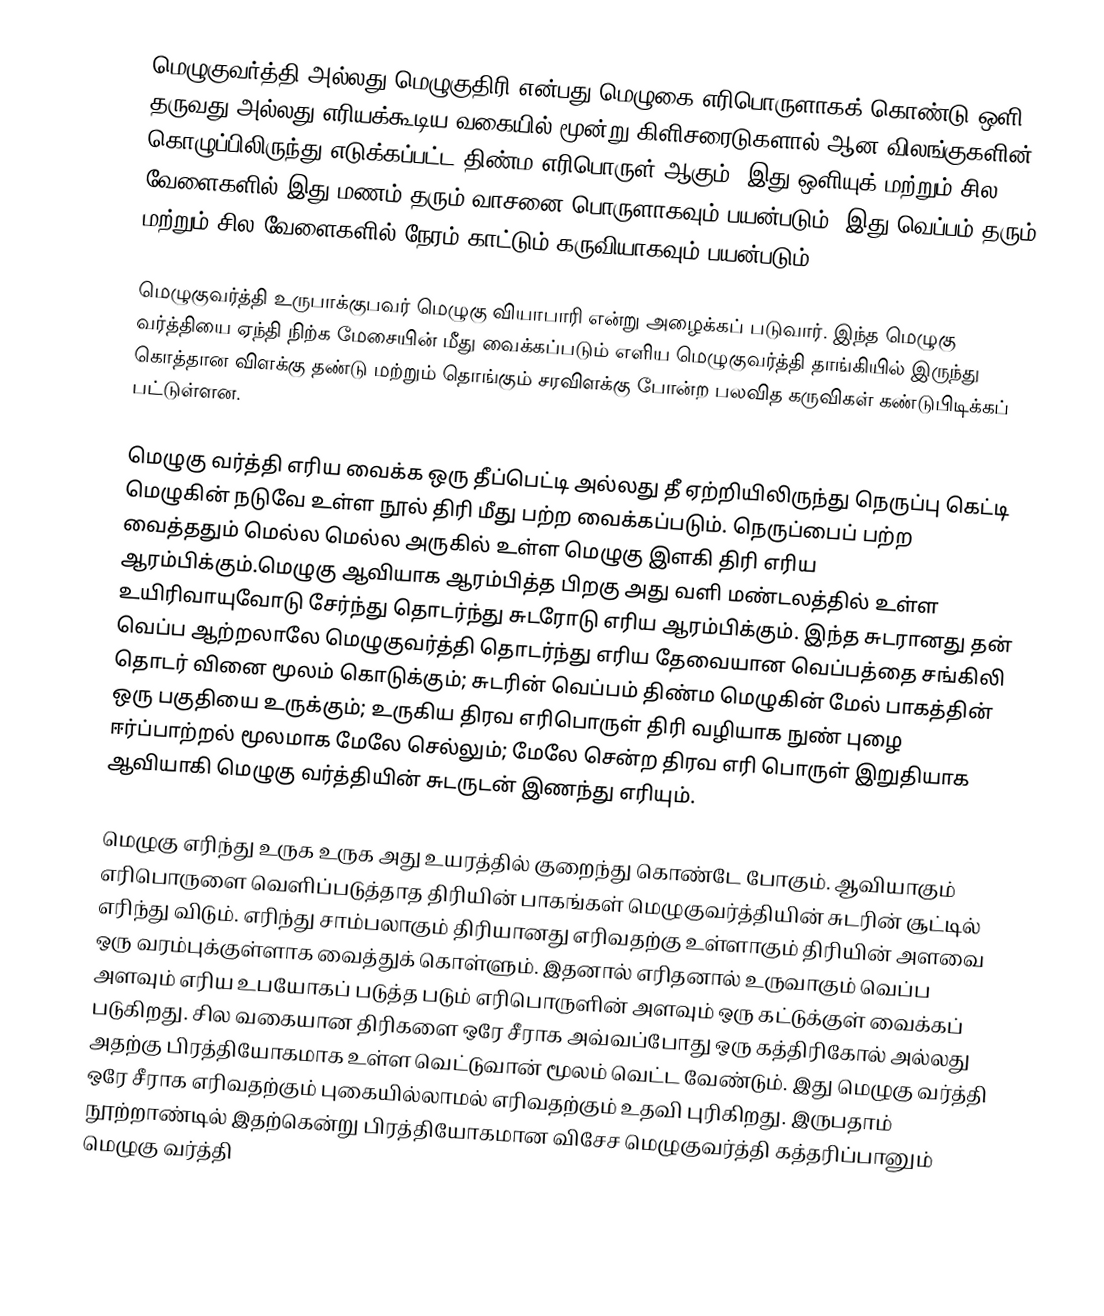
மெழுகுவர்த்தி அல்லது மெழுகுதிரி என்பது மெழுகை எரிபொருளாகக் கொண்டு ஒளி தருவது அல்லது எரியக்கூடிய வகையில் மூன்று கிளிசரைடுகளால் ஆன விலங்குகளின் கொழுப்பிலிருந்து எடுக்கப்பட்ட  திண்ம எரிபொருள் ஆகும். இது ஒளியுக் மற்றும் சில வேளைகளில் இது மணம் தரும் வாசனை பொருளாகவும் பயன்படும். இது வெப்பம் தரும் மற்றும் சில வேளைகளில் நேரம் காட்டும் கருவியாகவும் பயன்படும்.

மெழுகுவர்த்தி உருபாக்குபவர் மெழுகு வியாபாரி என்று அழைக்கப் படுவார். இந்த மெழுகு வர்த்தியை ஏந்தி நிற்க மேசையின் மீது வைக்கப்படும் எளிய மெழுகுவர்த்தி தாங்கியில் இருந்து கொத்தான விளக்கு தண்டு மற்றும் தொங்கும் சரவிளக்கு போன்ற பலவித கருவிகள் கண்டுபிடிக்கப் பட்டுள்ளன.

மெழுகு வர்த்தி எரிய வைக்க ஒரு தீப்பெட்டி அல்லது தீ ஏற்றியிலிருந்து நெருப்பு கெட்டி மெழுகின் நடுவே உள்ள நூல் திரி மீது பற்ற வைக்கப்படும். நெருப்பைப் பற்ற வைத்ததும் மெல்ல மெல்ல அருகில் உள்ள மெழுகு இளகி திரி எரிய ஆரம்பிக்கும்.மெழுகு ஆவியாக ஆரம்பித்த பிறகு அது வளி மண்டலத்தில் உள்ள உயிரிவாயுவோடு சேர்ந்து தொடர்ந்து சுடரோடு எரிய ஆரம்பிக்கும். இந்த சுடரானது தன் வெப்ப ஆற்றலாலே மெழுகுவர்த்தி தொடர்ந்து எரிய தேவையான வெப்பத்தை சங்கிலி தொடர் வினை மூலம் கொடுக்கும்; சுடரின் வெப்பம் திண்ம மெழுகின் மேல் பாகத்தின் ஒரு பகுதியை உருக்கும்; உருகிய திரவ எரிபொருள் திரி வழியாக நுண் புழை ஈர்ப்பாற்றல் மூலமாக மேலே செல்லும்; மேலே சென்ற திரவ எரி பொருள் இறுதியாக ஆவியாகி மெழுகு வர்த்தியின் சுடருடன் இணந்து எரியும்.

மெழுகு எரிந்து உருக உருக அது உயரத்தில் குறைந்து கொண்டே போகும். ஆவியாகும் எரிபொருளை வெளிப்படுத்தாத திரியின் பாகங்கள் மெழுகுவர்த்தியின் சுடரின் சூட்டில் எரிந்து விடும். எரிந்து சாம்பலாகும் திரியானது எரிவதற்கு உள்ளாகும் திரியின் அளவை ஒரு வரம்புக்குள்ளாக வைத்துக் கொள்ளும். இதனால் எரிதனால் உருவாகும் வெப்ப அளவும் எரிய உபயோகப் படுத்த படும் எரிபொருளின் அளவும் ஒரு கட்டுக்குள் வைக்கப் படுகிறது. சில வகையான திரிகளை ஒரே சீராக அவ்வப்போது ஒரு கத்திரிகோல் அல்லது அதற்கு பிரத்தியோகமாக உள்ள வெட்டுவான் மூலம் வெட்ட வேண்டும். இது மெழுகு வர்த்தி ஒரே சீராக எரிவதற்கும் புகையில்லாமல் எரிவதற்கும் உதவி புரிகிறது. இருபதாம் நூற்றாண்டில் இதற்கென்று பிரத்தியோகமான விசேச மெழுகுவர்த்தி கத்தரிப்பானும் மெழுகு வர்த்தி